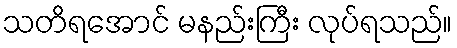
သတိရအောင် မနည်းကြီး လုပ်ရသည်။